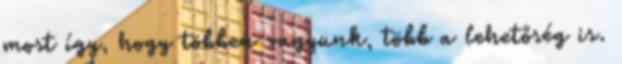
most így, hogy többen vagyunk, több a lehetőség is.